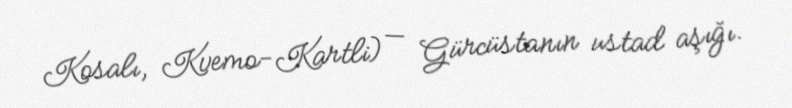
Kosalı, Kvemo-Kartli) — Gürcüstanın ustad aşığı.